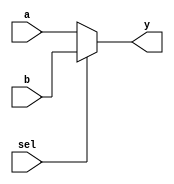
module mux2_1(a, b, sel, y);
   input a, b, sel;
   output y;

   always @ (a or b or sel)
     begin
        y = 0;
        if (sel == 0) begin
           y = a;
        end else begin
           y = b;
        end
     end
endmodule